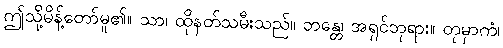
ဤသို့မိန့်တော်မူ၏။ သာ၊ ထိုနတ်သမီးသည်။ ဘန္တေ၊ အရှင်ဘုရား။ တုမှာကံ၊